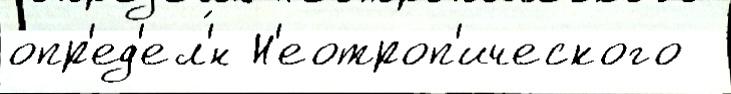
опр'ед'ел'́н Н'еотроп'ического